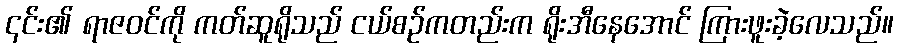
၎င်း၏ ရာဇဝင်ကို ကတ်ဆူရိုသည် ငယ်စဉ်ကတည်းက ရိုးအီနေအောင် ကြားဖူးခဲ့လေသည်။